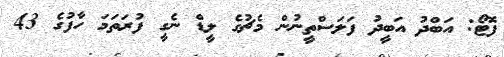
ފޮޓޯ: އަބްދު އަބީދު ފަލަސްތީނުން މެޗުގެ ލީޑް ނެގީ ފުރަތަމަ ހާފުގެ 43